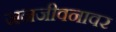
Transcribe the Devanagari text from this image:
जनजीवनावर